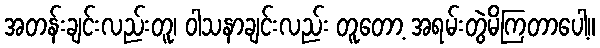
အတန်းချင်းလည်းတူ၊ ဝါသနာချင်းလည်း တူတော့ အရမ်းတွဲမိကြတာပေါ့။